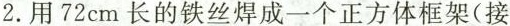
2.用72cm长的铁丝焊成一个正方体框架（接